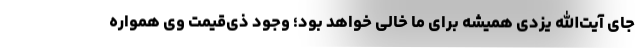
جای آیت‌الله یزدی همیشه برای ما خالی خواهد بود؛ وجود ذی‌قیمت وی همواره